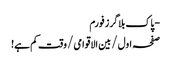
- پاک بلاگرز فورم
صفحہ اول / بین الاقوامی / وقت کم ہے!